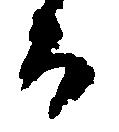
る